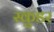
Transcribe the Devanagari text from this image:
स्कुडर